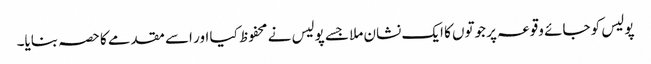
پولیس کو جائے وقوعہ پر جوتوں کا ایک نشان ملا جسے پولیس نے محفوظ کیا اور اسے مقدمے کا حصہ بنایا۔